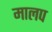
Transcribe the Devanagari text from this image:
मालप